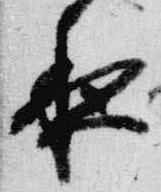
夜